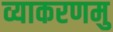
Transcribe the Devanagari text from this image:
व्याकरणमु